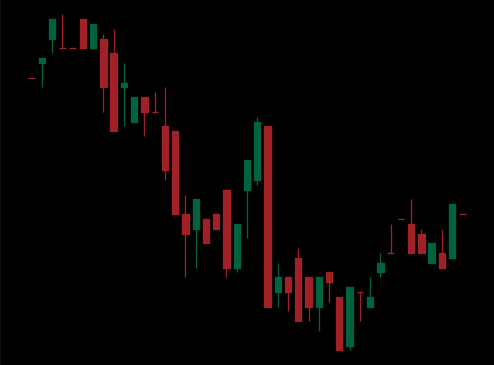
Pattern: bull_flag